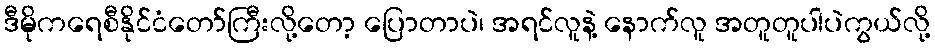
ဒီမိုကရေစီနိုင်ငံတော်ကြီးလို့တော့ ပြောတာပဲ၊ အရင်လူနဲ့ နောက်လူ အတူတူပါပဲကွယ်လို့